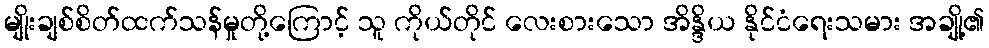
မျိုးချစ်စိတ်ထက်သန်မှုတို့ကြောင့် သူ ကိုယ်တိုင် လေးစားသော အိန္ဒိယ နိုင်ငံရေးသမား အချို့၏